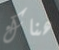
هناك